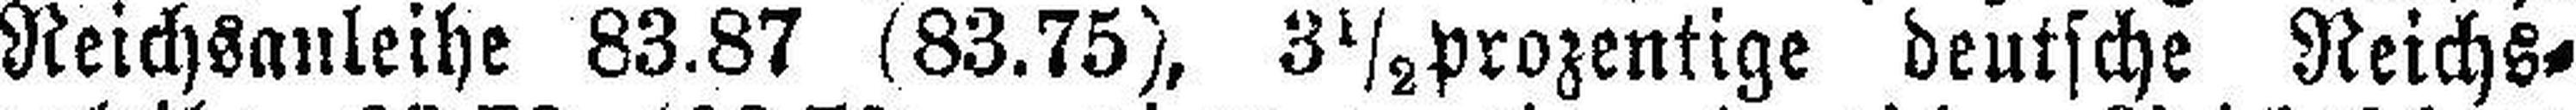
Reichsanleihe 83.87 (83.75), 3½ prozentige deutsche Reichs¬